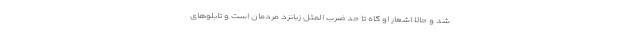
شد و حالا اشعار او گاه تا حد ضرب المثل زبانزد مردمان است و تابلوهای